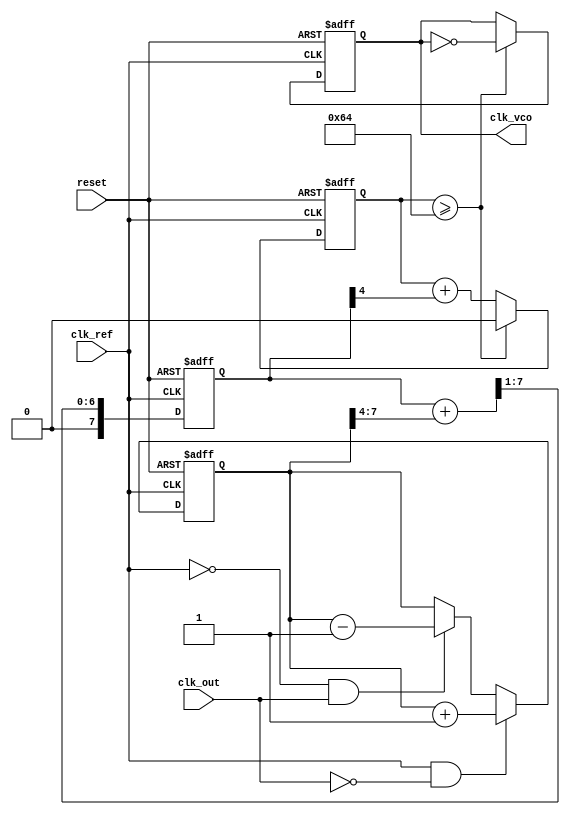
module dpll (
    input wire clk_ref,            // Reference Clock Input
    input wire clk_out,           // Output Clock Feedback
    input wire reset,             // Reset signal
    output reg clk_vco            // Output VCO Clock
);

// Parameters
parameter MEMORY_SIZE = 16;       // Size of the memory block
parameter FILTER_COEFFICIENT = 4; // Filter coefficient for loop filter

// Internal Signals
reg [MEMORY_SIZE-1:0] phase_memory; // Memory block for phase information
reg [7:0] phase_error;               // Phase error signal
reg [7:0] control_signal;            // Control signal for VCO
reg [7:0] loop_filter;               // Loop filter output
reg vco_count;                       // VCO frequency control

// Phase Detector
always @(posedge clk_ref or posedge reset) begin
    if (reset) begin
        phase_error <= 8'd0;
    end else begin
        if (clk_ref && !clk_out) begin
            phase_error <= phase_error + 1; // Output clock is lagging
        end else if (!clk_ref && clk_out) begin
            phase_error <= phase_error - 1; // Output clock is leading
        end
    end
end

// Loop Filter
always @(posedge clk_ref or posedge reset) begin
    if (reset) begin
        loop_filter <= 8'd0;
    end else begin
        loop_filter <= (loop_filter + (phase_error >> FILTER_COEFFICIENT)) >> 1; // Low-pass filter
    end
end

// Memory Block to adaptively tune control signal
always @(posedge clk_ref or posedge reset) begin
    if (reset) begin
        phase_memory <= 0;
    end else begin
        phase_memory <= {phase_memory[MEMORY_SIZE-2:0], loop_filter}; // Store control signal
    end
end

// Voltage-Controlled Oscillator (VCO)
always @(posedge clk_ref or posedge reset) begin
    if (reset) begin
        vco_count <= 1'b0;
        clk_vco <= 1'b0;
    end else begin
        vco_count <= vco_count + (loop_filter[7:0] >> 4); // Adjust frequency based on control signal
        if (vco_count >= 8'd100) begin // Example frequency division
            clk_vco <= ~clk_vco; // Toggle VCO clock output
            vco_count <= 0;
        end
    end
end

endmodule